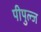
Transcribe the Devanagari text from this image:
पीपुल्ज